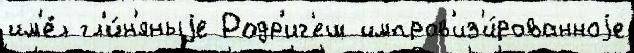
им'е́л гл'и́н'яныjе Родр'иг'еш импров'из'и́рованноjе